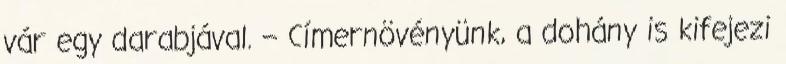
vár egy darabjával. – Címernövényünk, a dohány is kifejezi